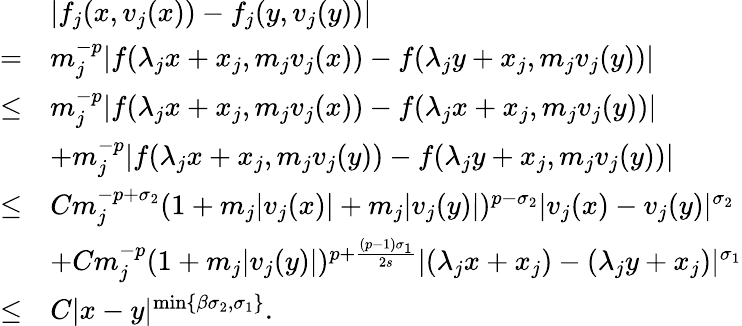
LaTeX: \begin{array}{rl}&{|f_{j}(x,v_{j}(x))-f_{j}(y,v_{j}(y))|}\\ {=}&{m_{j}^{-p}|f(\lambda_{j}x+x_{j},m_{j}v_{j}(x))-f(\lambda_{j}y+x_{j},m_{j}v_{j}(y))|}\\ {\leq}&{m_{j}^{-p}|f(\lambda_{j}x+x_{j},m_{j}v_{j}(x))-f(\lambda_{j}x+x_{j},m_{j}v_{j}(y))|}\\ &{+m_{j}^{-p}|f(\lambda_{j}x+x_{j},m_{j}v_{j}(y))-f(\lambda_{j}y+x_{j},m_{j}v_{j}(y))|}\\ {\leq}&{Cm_{j}^{-p+\sigma_{2}}(1+m_{j}|v_{j}(x)|+m_{j}|v_{j}(y)|)^{p-\sigma_{2}}|v_{j}(x)-v_{j}(y)|^{\sigma_{2}}}\\ &{+Cm_{j}^{-p}(1+m_{j}|v_{j}(y)|)^{p+\frac{(p-1)\sigma_{1}}{2s}}|(\lambda_{j}x+x_{j})-(\lambda_{j}y+x_{j})|^{\sigma_{1}}}\\ {\leq}&{C|x-y|^{\operatorname*{min}\{ \beta\sigma_{2},\sigma_{1}\} }.}\end{array}